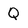
Character: Q